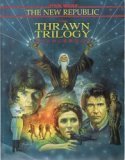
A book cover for Star Wars: The Roleplaying Game (Thrawn Trilogy Sourcebook); Bill Slavicsek; Science Fiction & Fantasy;